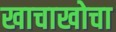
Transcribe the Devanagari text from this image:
खाचाखोचा